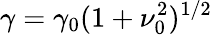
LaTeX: \gamma=\gamma_{0}(1+\nu_{0}^{2})^{1/2}